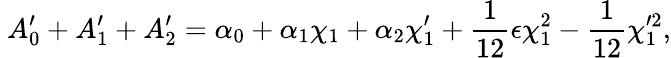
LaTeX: ~A_{0}^{\prime}+A_{1}^{\prime}+A_{2}^{\prime}=\alpha_{0}+\alpha_{1}\chi_{1}+\alpha_{2}\chi_{1}^{\prime}+\frac{1}{12}\epsilon\chi_{1}^{2}-\frac{1}{12}\chi_{1}^{\prime 2},